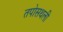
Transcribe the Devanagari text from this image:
तपोसथली